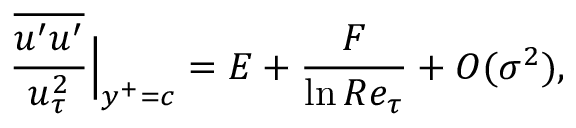
\frac { \overline { { u ^ { \prime } u ^ { \prime } } } } { u _ { \tau } ^ { 2 } } \Big | _ { y ^ { + } = c } = E + \frac { F } { \ln R e _ { \tau } } + O ( \sigma ^ { 2 } ) ,